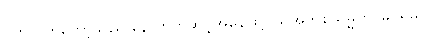
ပိတ်လိုက်တော့သည် နောက်တဆင့်အနေဖြင့် ယူအက်စ်သမ္မတ မြင်ရမှ